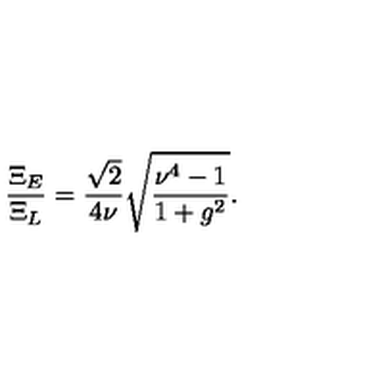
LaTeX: \frac { \Xi _ { E } } { \Xi _ { L } } = \frac { \sqrt { 2 } } { 4 \nu } \sqrt { \frac { \nu ^ { 4 } - 1 } { 1 + g ^ { 2 } } } .